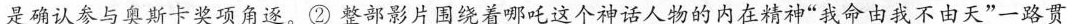
\underline{是确认参与奥斯卡奖项角逐。}②整部影片围绕着哪吒这个神话人物的内在精神”我命由我不由天”一路贯